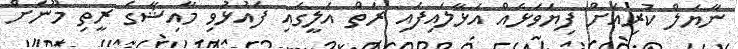
ނާޔަލް ކުރިއަށް ފިޔަވަޅެއް އަޅާލައިފައި ރަތް އަލީގައި ފައުޅުވި މާއިޝާގެ ރީތި މޫނަށް